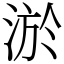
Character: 淤